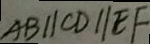
A B / / C D / / E F